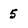
Character: 5